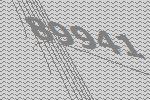
89941